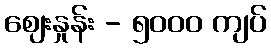
ဈေးနှုန်း - ၅၀၀၀ ကျပ်